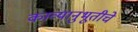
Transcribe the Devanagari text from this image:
काव्यानुभूतीचे